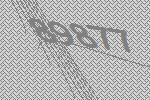
89877